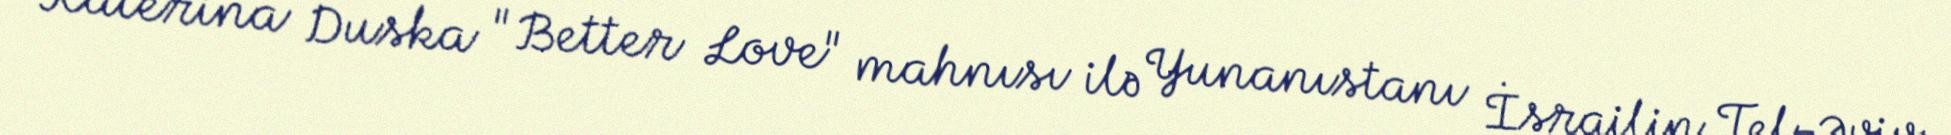
Katerina Duska "Better Love" mahnısı ilə Yunanıstanı İsrailin Tel-Əviv